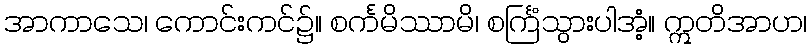
အာကာသေ၊ ကောင်းကင်၌။ စင်္ကမိဿာမိ၊ စင်္ကြံသွားပါအံ့။ ဣတိအာဟ၊